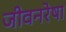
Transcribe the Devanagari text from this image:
जीवनरेषा